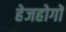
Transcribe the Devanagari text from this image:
हेजहोगों